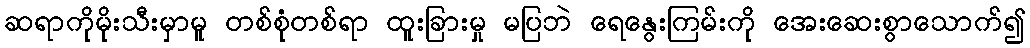
ဆရာကိုမိုးသီးမှာမူ တစ်စုံတစ်ရာ ထူးခြားမှု မပြဘဲ ရေနွေးကြမ်းကို အေးဆေးစွာသောက်၍